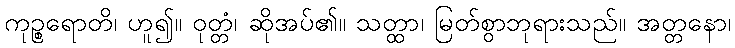
ကုဉ္စရောတိ၊ ဟူ၍။ ဝုတ္တံ၊ ဆိုအပ်၏။ သတ္ထာ၊ မြတ်စွာဘုရားသည်။ အတ္တနော၊